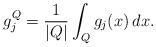
LaTeX: \begin{align*}g_j^Q =\frac{1}{|Q|}\int_{Q}g_j(x)\, dx.\end{align*}